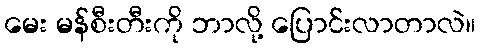
မေး မန်စီးတီးကို ဘာလို့ ပြောင်းလာတာလဲ။